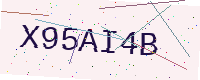
Text: X95AI4B